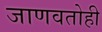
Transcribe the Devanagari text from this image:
जाणवतोही